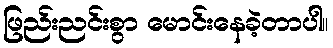
ဖြည်းညင်းစွာ မောင်းနေခဲ့တာပါ။